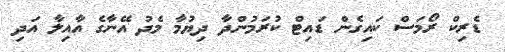
ޑެރިކް ރޯމަސް ކައިގެން ޑައިޓް ކުރަމުންދާ ދިޔުމާ މެދު އޭނާގެ އާއިލާ އަދި